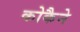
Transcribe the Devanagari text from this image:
कोकैने